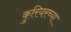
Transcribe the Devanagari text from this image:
कुरियरच्या